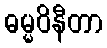
ဓမ္မဝိနီတာ